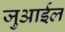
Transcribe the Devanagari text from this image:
जुआईल